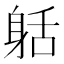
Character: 𨈸